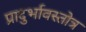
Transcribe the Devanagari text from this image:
प्रादुर्भावस्तोत्र